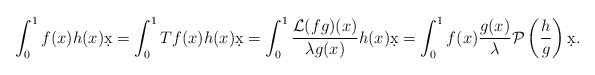
\begin{align*} \int_0^1 f(x) h (x) \d x &= \int_0^1 Tf (x) h(x) \d x = \int_0^1 \frac{\mathcal L (fg) (x)}{ \lambda g(x)} h(x) \d x= \int_0^1 f(x) \frac{g(x)}{\lambda}\mathcal P\left( \frac{h}{g}\right) \d x.\\\end{align*}